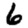
Digit: 6